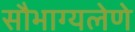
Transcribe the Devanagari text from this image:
सौभाग्यलेणे